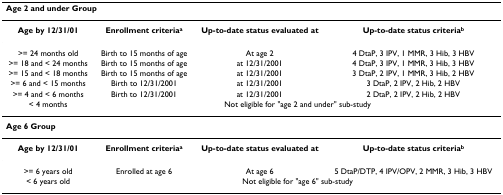
<table><thead><tr><td colspan="4"><b>Age 2 and under Group</b></td></tr></thead><tbody><tr><td><b>Age by 12/31/01</b></td><td><b>Enrollment criteria<sup>a</sup></b></td><td><b>Up-to-date status evaluated at</b></td><td><b>Up-to-date status criteria<sup>b</sup></b></td></tr><tr><td>&gt;= 24 months old</td><td>Birth to 15 months of age</td><td>At age 2</td><td>4 DtaP, 3 IPV, 1 MMR, 3 Hib, 3 HBV</td></tr><tr><td>&gt;= 18 and &lt; 24 months</td><td>Birth to 15 months of age</td><td>at 12/31/2001</td><td>4 DtaP, 3 IPV, 1 MMR, 3 Hib, 3 HBV</td></tr><tr><td>&gt;= 15 and &lt; 18 months</td><td>Birth to 15 months of age</td><td>at 12/31/2001</td><td>3 DtaP, 2 IPV, 1 MMR, 3 Hib, 2 HBV</td></tr><tr><td>&gt;= 6 and &lt; 15 months</td><td>Birth to 12/31/2001</td><td>at 12/31/2001</td><td>3 DtaP, 2 IPV, 2 Hib, 2 HBV</td></tr><tr><td>&gt;= 4 and &lt; 6 months</td><td>Birth to 12/31/2001</td><td>at 12/31/2001</td><td>2 DtaP, 2 IPV, 2 Hib, 2 HBV</td></tr><tr><td>&lt; 4 months</td><td colspan="3">Not eligible for &quot;age 2 and under&quot; sub-study</td></tr><tr><td colspan="4"><b>Age 6 Group</b></td></tr><tr><td><b>Age by 12/31/01</b></td><td><b>Enrollment criteria<sup>a</sup></b></td><td><b>Up-to-date status evaluated at</b></td><td><b>Up-to-date status criteria<sup>b</sup></b></td></tr><tr><td>&gt;= 6 years old</td><td>Enrolled at age 6</td><td>At age 6</td><td>5 DtaP/DTP, 4 IPV/OPV, 2 MMR, 3 Hib, 3 HBV</td></tr><tr><td>&lt; 6 years old</td><td colspan="3">Not eligible for &quot;age 6&quot; sub-study</td></tr></tbody></table>